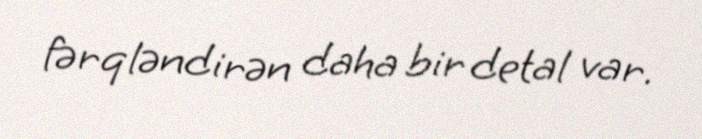
fərqləndirən daha bir detal var.